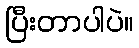
ပြီးတာပါပဲ။